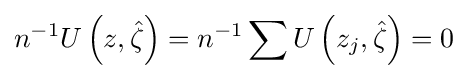
n^{-1}U\left(z,{\hat {\zeta }}\right)=n^{-1}\sum U\left(z_{j},{\hat {\zeta }}\right)=0